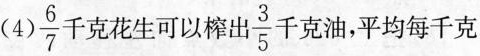
(4)\frac{6}{7}千克花生可以榨出\frac{3}{5}千克油，平均每千克